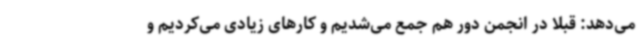
می‌دهد: قبلا در انجمن دور هم جمع می‌شدیم و کارهای زیادی می‌کردیم و